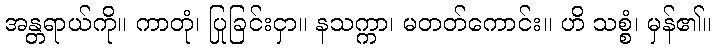
အန္တရာယ်ကို။ ကာတုံ၊ ပြုခြင်းငှာ။ နသက္ကာ၊ မတတ်ကောင်း။ ဟိ သစ္စံ၊ မှန်၏။